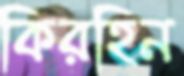
কিরহিন